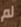
لم